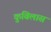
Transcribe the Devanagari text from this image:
कुबिलास